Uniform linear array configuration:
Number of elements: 64
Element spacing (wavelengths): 0.75
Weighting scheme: exponential
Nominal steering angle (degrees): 45
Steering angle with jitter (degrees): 44.801
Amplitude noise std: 0.05
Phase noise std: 0.05

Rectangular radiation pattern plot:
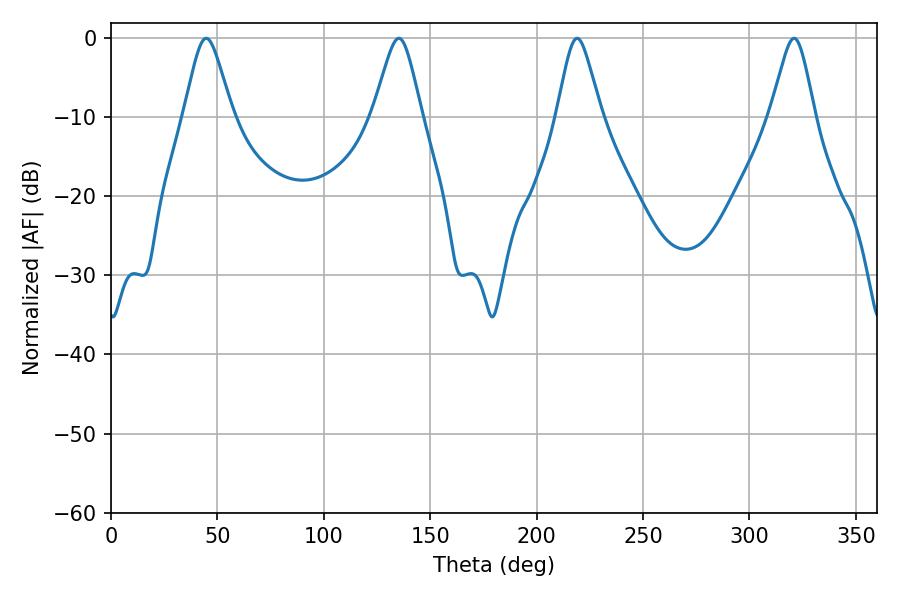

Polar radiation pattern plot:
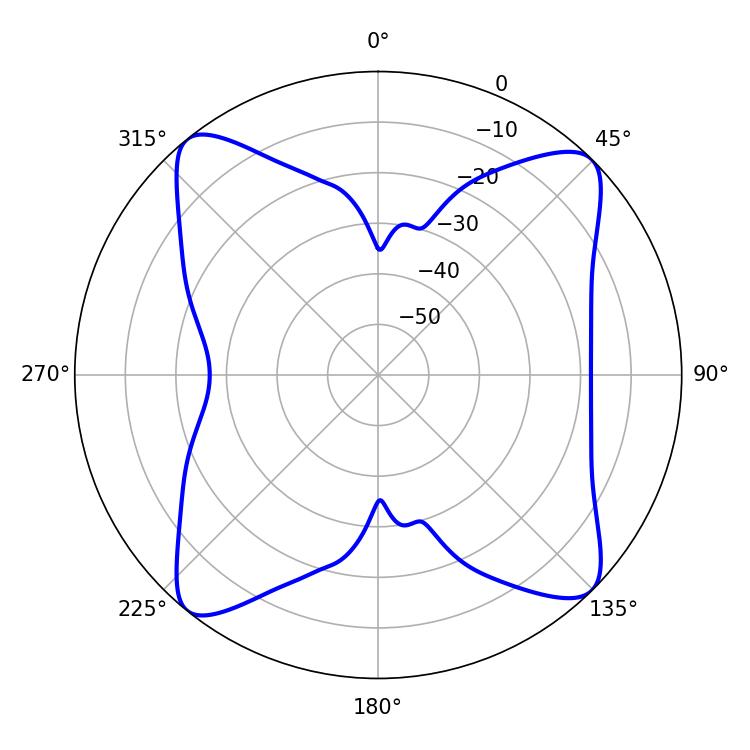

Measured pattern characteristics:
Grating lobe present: TRUE
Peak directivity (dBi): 14.624
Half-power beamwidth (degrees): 10.08
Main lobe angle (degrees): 219.06